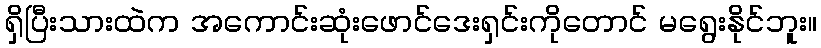
ရှိပြီးသားထဲက အကောင်းဆုံးဖောင်ဒေးရှင်းကိုတောင် မရွေးနိုင်ဘူး။